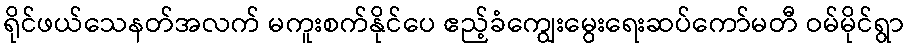
ရိုင်ဖယ်သေနတ်အလက် မကူးစက်နိုင်ပေ ဧည့်ခံကျွေးမွေးရေးဆပ်ကော်မတီ ဝမ်မိုင်ရွာ